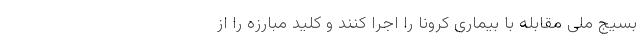
بسیج ملی مقابله با بیماری کرونا را اجرا کنند و کلید مبارزه را از